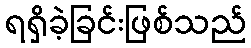
ရရှိခဲ့ခြင်းဖြစ်သည်